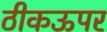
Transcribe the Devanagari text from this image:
ठीकऊपर